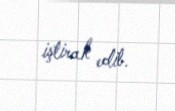
iştirak edib.